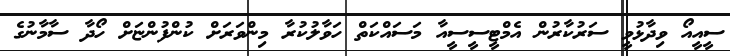
ސީއީއޯ ވިދާޅުވީ ސަރުކާރުން އެމްްޓީސީސީއާ މަސައްކަތް ހަވާލުކުރާ މިންވަރަށް ކުންފުންޏަށް ހޯދާ ސާމާނުގެ